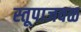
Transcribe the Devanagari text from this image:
स्तूपाजवळ